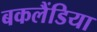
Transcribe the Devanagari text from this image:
बकलैंडिया